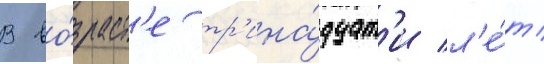
В во́зраст'е тр'ина́дцат'и л'е́т